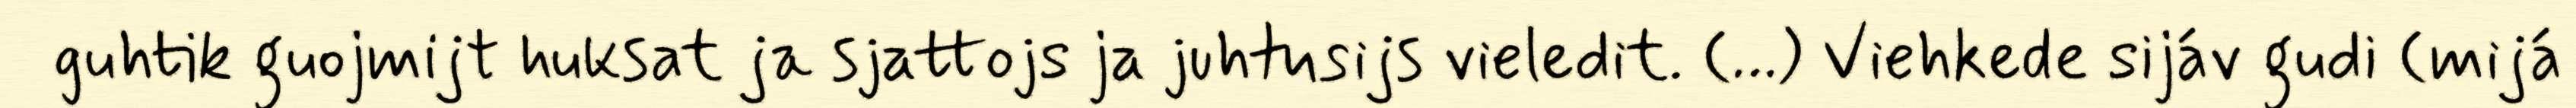
guhtik guojmijt huksat ja sjattojs ja juhtusijs vieledit. (…) Viehkede sijáv gudi (mijá